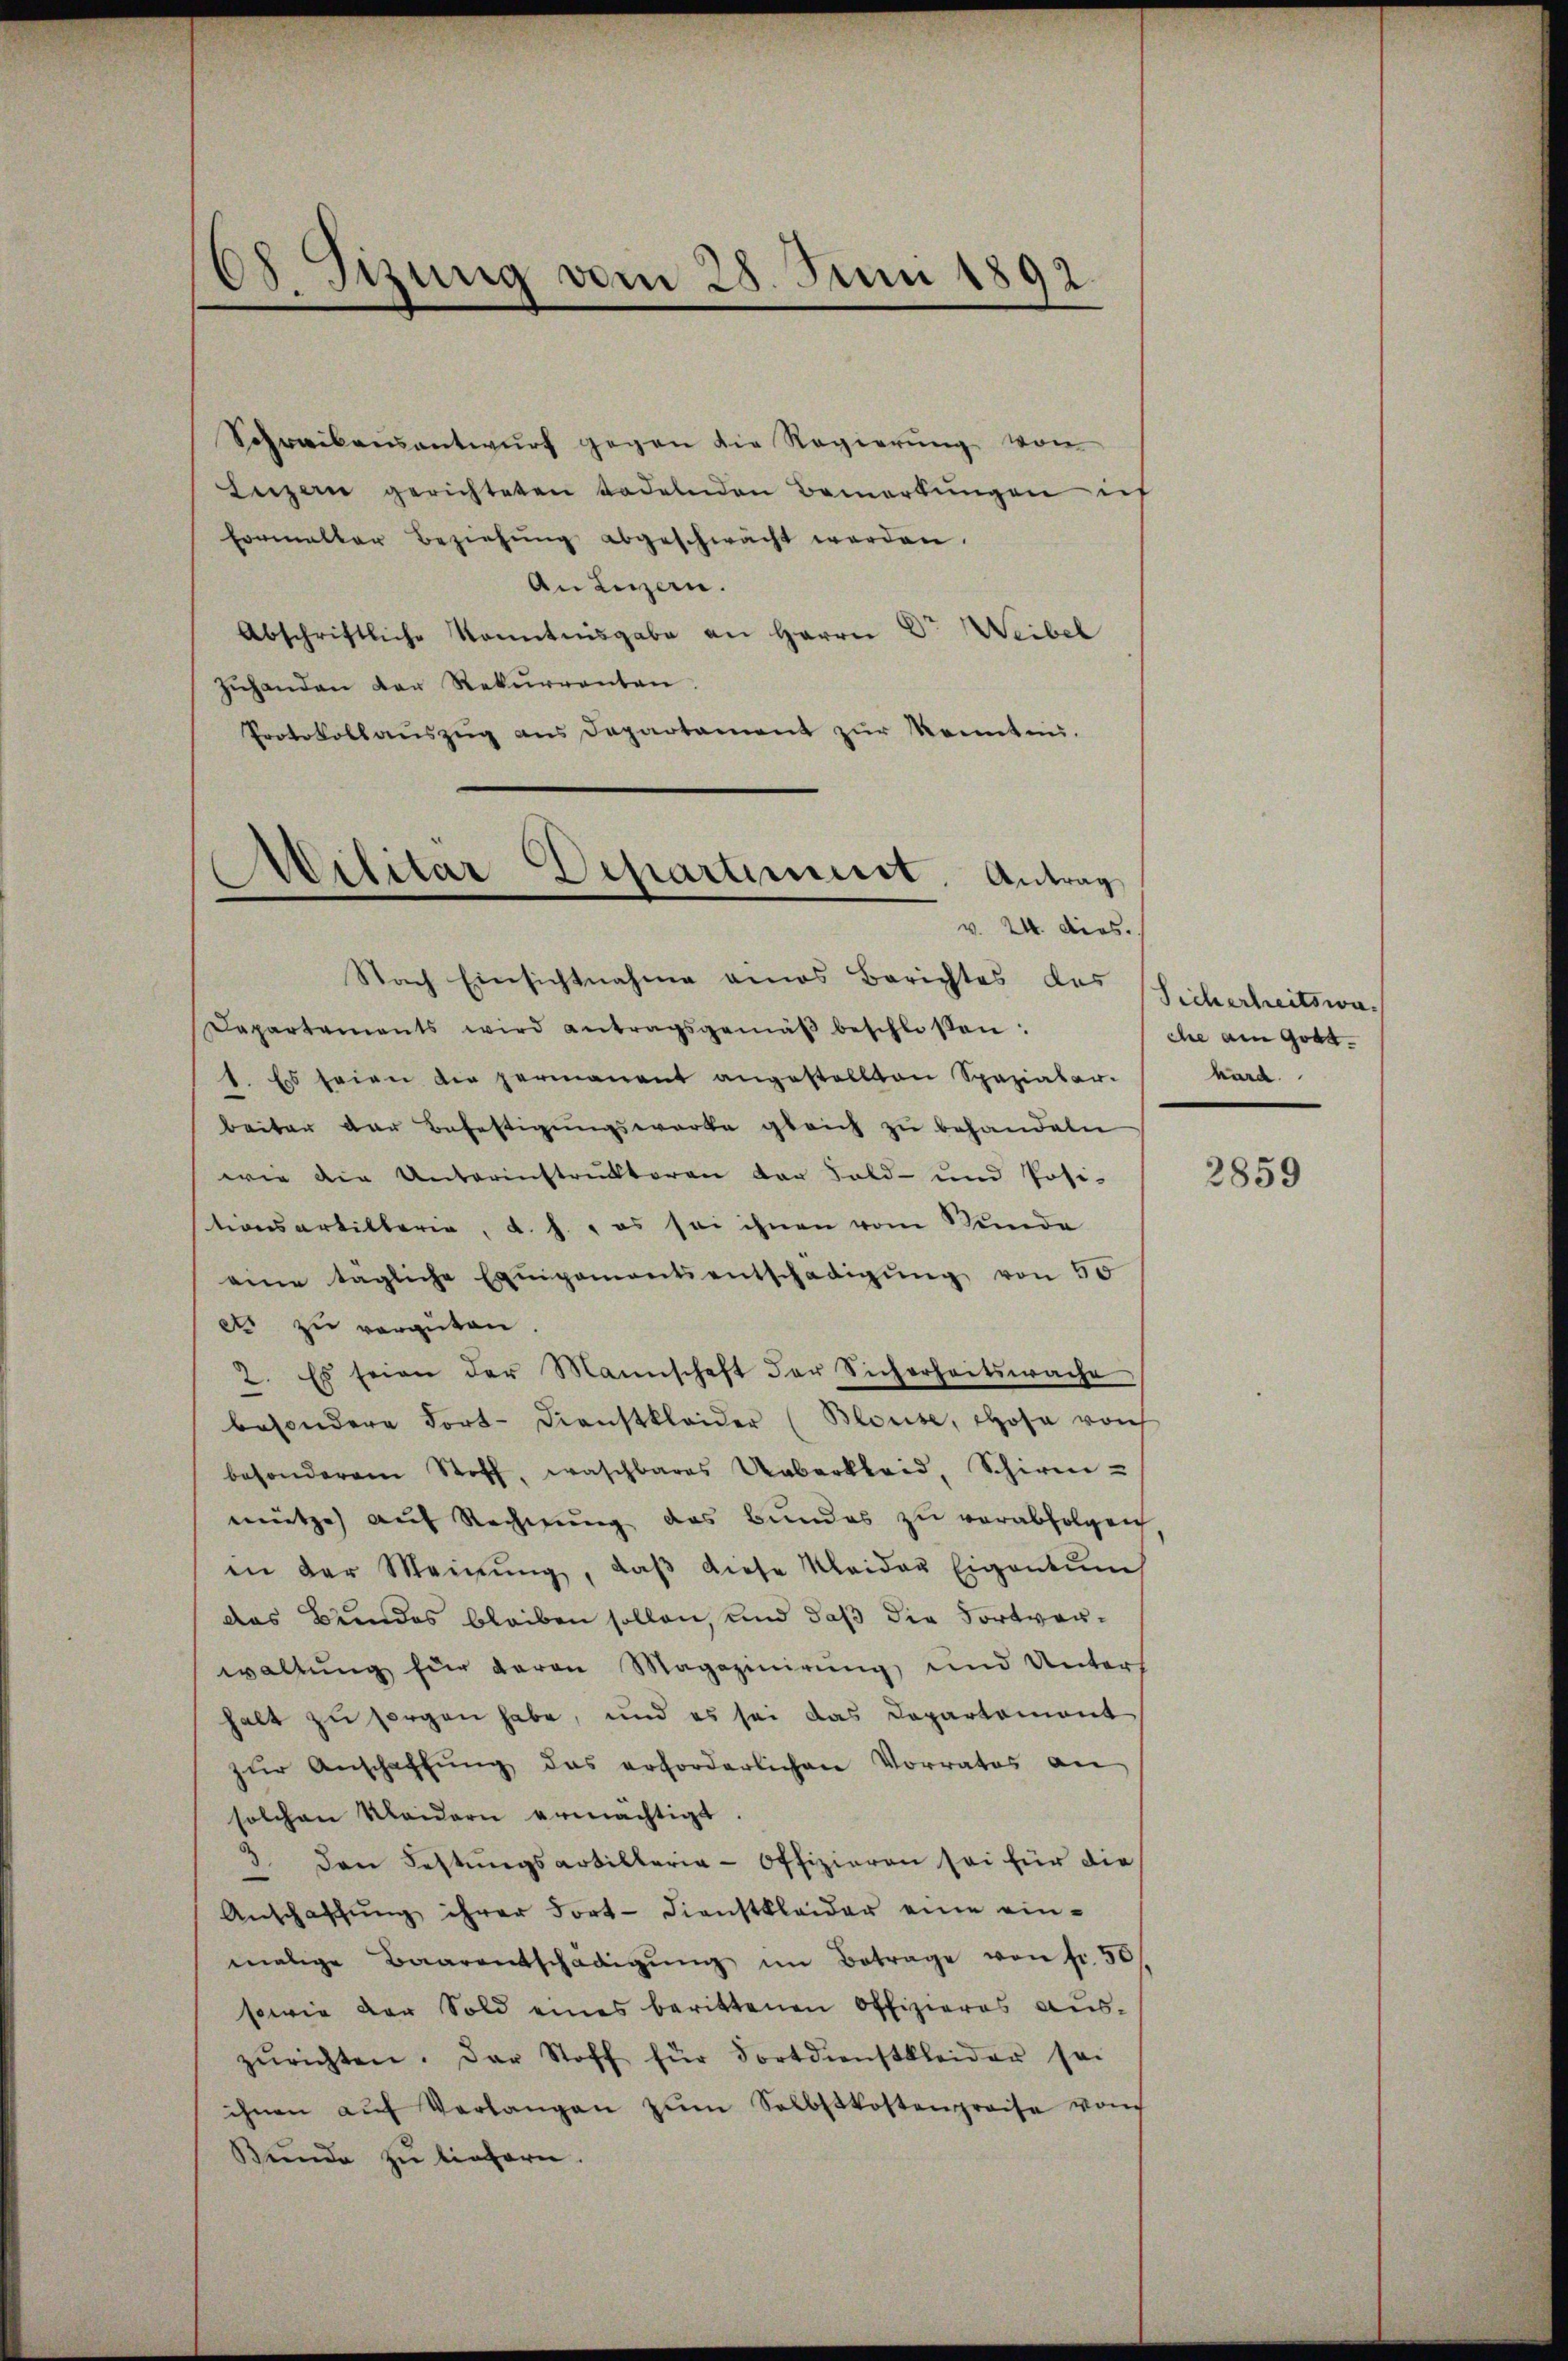
68. Fizung vom 28. Juni 1892

Schreibensantwurf gegen die Regierung von
Luzern gerichteten Tadelnden Bemerkŭngen ich
Formaller Beziehŭng abgeschwächt werden.
An Luzern.
Abschriftliche Kenntnisgabe an Herrn Dr Weibel
zuhanden der Rekurrenten
Protokollaŭszŭg ans Departament zŭr Konnten.
v. 24. dies.
Nach Einsichtnahme eines Berichtes das
Departements wird antragsgemäβ beschloßen:
1. Es seien die permanent angestellten Spazialer-
beiter der Befestigŭngswerke gleich zŭ behandeln
wie die Unterinstruktoren der Feld- und Posi-
stionsartillerie, d. J., es sei ihnen vom Stunde
eine tägliche Exuipementsentschädigŭng von 50
ets zu vergüten.
2. Es seien der Mannschaft der Sicherheitswache
besondere Fort-Dienstkleider (Blouse, chose von
besonderem Stoff, waschbares Ueberkleid, Schiren-
mütze auf Rechnung des Bundes zu verabfolgen
en der Meinŭng, daβ diese Kleider Eigentum
das Bundes bleiben sollen, und daß die Fortverwaltŭng für daran Magazinirung und Unters
halt zu sorgen habe, und es sei das Departement
zŭr Anschaffŭng das erforderlichen Vorrates an
solchen Kleidern ermächtigt.
3 den Festŭngsartillerie-Offizieren sei für die
Anschaffŭng ihrer Fort-Dienstkleider eine ein-
malige Baarentschädigŭng im Betrage von fr. 50
sowie der Sold eines berittenen Offizieres auszŭrichten. Der Stoff für Fortdienstkleider sei
ihnen aŭf Verlangen zŭm Selbstkostenpreise vom
Bŭnde zu liegern.

Militar Departinist. Antrag

Sicherheitswa
che am Gott.
hard.

2859